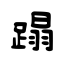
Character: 蹋